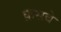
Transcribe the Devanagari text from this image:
क़सबे